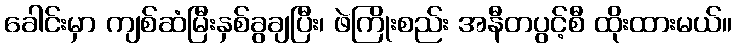
ခေါင်းမှာ ကျစ်ဆံမြီးနှစ်ခွချပြီး၊ ဖဲကြိုးစည်း အနီတပွင့်စီ ထိုးထားမယ်။